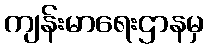
ကျန်းမာရေးဌာနမှ